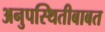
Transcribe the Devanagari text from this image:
अनुपस्थितीबाबत